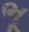
ભૂ